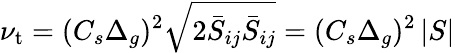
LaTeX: \nu_{\mathrm{t}}=(C_{s}\Delta_{g})^{2}{\sqrt{2{\bar{S}}_{ij}{\bar{S}}_{ij}}}=(C_{s}\Delta_{g})^{2}\left|S\right|